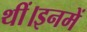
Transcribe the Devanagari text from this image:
थीं।इनमें